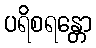
ပရိစရန္တော